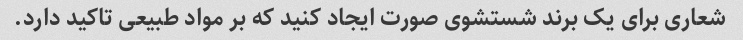
شعاری برای یک برند شستشوی صورت ایجاد کنید که بر مواد طبیعی تاکید دارد.